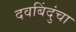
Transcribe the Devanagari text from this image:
दवबिंदुंचा